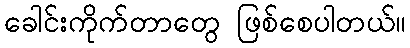
ခေါင်းကိုက်တာတွေ ဖြစ်စေပါတယ်။